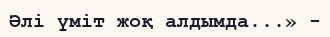
Әлі үміт жоқ алдымда...» -